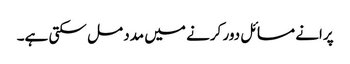
پرانے مسائل دور کرنے میں مدد مل سکتی ہے۔